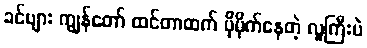
ခင်ဗျား ကျွန်တော် ထင်တာထက် ပိုမိုက်နေတဲ့ လူကြီးပဲ